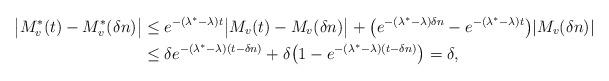
LaTeX: \begin{align*}\big|M^*_v(t)-M^*_v(\delta n)\big|&\le e^{-(\lambda^*-\lambda)t}\big|M_v(t)-M_v(\delta n)\big|+\big(e^{-(\lambda^*-\lambda)\delta n}-e^{-(\lambda^*-\lambda)t}\big)|M_v(\delta n)|\\&\le\delta e^{-(\lambda^*-\lambda)(t-\delta n)}+\delta\big(1-e^{-(\lambda^*-\lambda)(t-\delta n)}\big)=\delta,\end{align*}